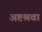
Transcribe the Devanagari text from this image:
अष्टश्रवा